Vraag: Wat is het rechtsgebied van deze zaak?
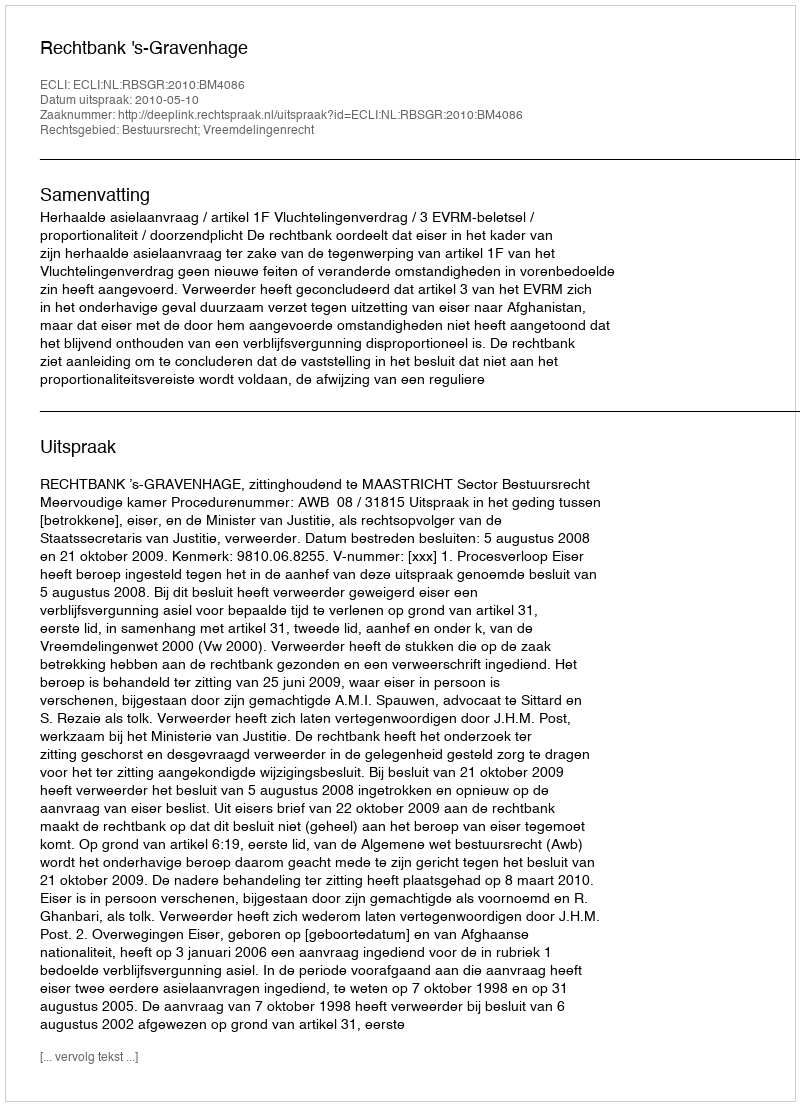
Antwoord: Bestuursrecht; Vreemdelingenrecht